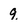
Character: q